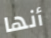
أنها